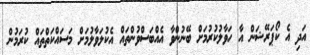
އަދި އެ ކޯޕަރޭޝަން އާ ހަވާލުކުރުމަށް ބޭނުންވާ އެއްބަސްވުންތައް އެކުލަވާލުމަށް މަސައްކަތްތައް ކުރަމުން